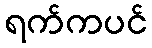
ရက်ကပင်